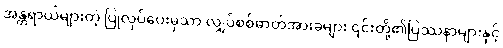
အန္တရာယ်များတဲ့ ပြုလုပ်ပေးမှသာ လျှပ်စစ်ဓာတ်အားခများ ၎င်းတို့၏ပြဿနာများနှင့်